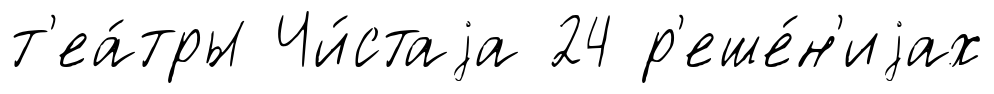
т'еа́тры Чи́стаjа 24 р'еше́н'иjах